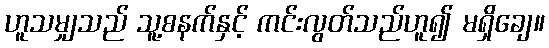
ဟူသမျှသည် သူ့စနက်နှင့် ကင်းလွတ်သည်ဟူ၍ မရှိချေ။